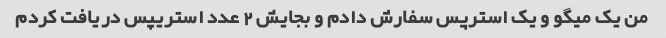
من یک میگو و یک استرپس سفارش دادم و بجایش ٢ عدد استریپس دریافت کردم